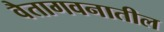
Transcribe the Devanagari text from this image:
वैतागवनातील